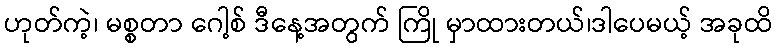
ဟုတ်ကဲ့၊ မစ္စတာ ဂေါ့စ် ဒီနေ့အတွက် ကြို မှာထားတယ်၊ဒါပေမယ့် အခုထိ